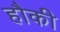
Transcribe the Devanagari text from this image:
हौकी